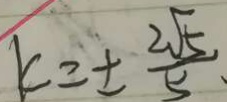
k = \pm \frac { 2 \sqrt { 5 } } { 5 } .